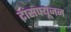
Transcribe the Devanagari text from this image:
टांसफ्यूजन